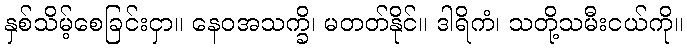
နှစ်သိမ့်စေခြင်းငှာ။ နေဝအသက္ခိ၊ မတတ်နိုင်။ ဒါရိကံ၊ သတို့သမီးငယ်ကို။